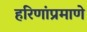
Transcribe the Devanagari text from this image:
हरिणांप्रमाणे